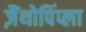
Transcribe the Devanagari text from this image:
ज़ैंथोपिंप्ला